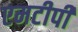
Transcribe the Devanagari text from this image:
एमटीपी